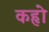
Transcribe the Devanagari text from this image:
कहृो